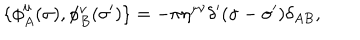
\{ \phi _ { A } ^ { \mu } ( \sigma ) , \phi _ { B } ^ { \nu } ( \sigma ^ { \prime } ) \} = - \pi \eta ^ { \mu \nu } \delta ^ { \prime } ( \sigma - \sigma ^ { \prime } ) \delta _ { A B } ,